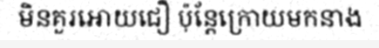
មិនគួរអោយជឿ ប៉ុន្តែក្រោយមកនាង